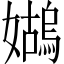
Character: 𪦭